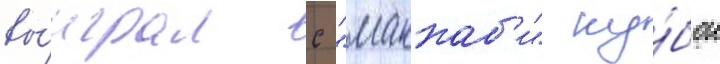
вы́играл с "маккаб'и" ку́бок